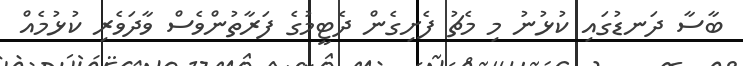
ބާސާ ދަނޑުގައި ކުޅުނު މި މެޗު ފެށިގެން ދެޓީމުގެ ފަރާތުންވެސް ވާދަވެރި ކުޅުމެއް